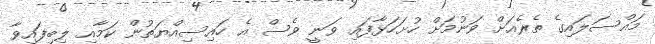
މައްސަލައިގެ ތެރެއަށް ވަނުމަށް ހުށަހަޅާފައި ވަނީ ވެސް އެ ހައިސިއްޔަތުން ކަމާއި ލިބިފައިވާ